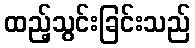
ထည့်သွင်းခြင်းသည်